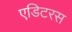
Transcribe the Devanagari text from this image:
एडिटरस